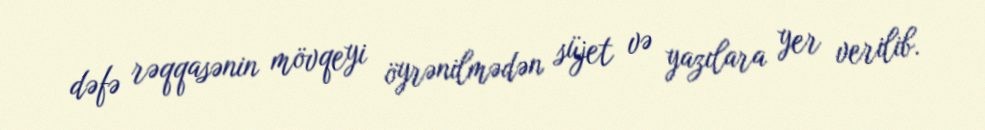
dəfə rəqqasənin mövqeyi öyrənilmədən süjet və yazılara yer verilib.